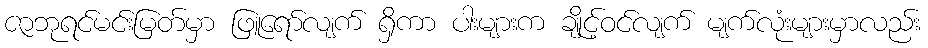
ဇာဘုရင်မင်းမြတ်မှာ ဖြူရော်လျက် ရှိကာ ပါးများက ချိုင့်ဝင်လျက် မျက်လုံးများမှာလည်း